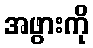
အဖွားကို